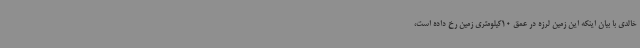
خالدی با بیان اینکه این زمین لرزه در عمق 10کیلومتری زمین رخ داده است،